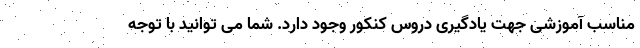
مناسب آموزشی جهت یادگیری دروس کنکور وجود دارد. شما می توانید با توجه